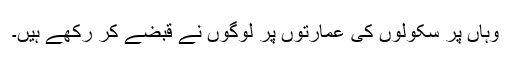
وہاں پر سکولوں کی عمارتوں پر لوگوں نے قبضے کر رکھے ہیں۔